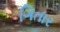
ગિતાર